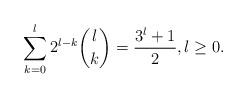
LaTeX: \begin{align*}\sum_{\substack{k=0\\ }}^{ l}2^{l-k}\binom{l}{k}=\frac{3^{l}+1}{2},l\geq0.\end{align*}